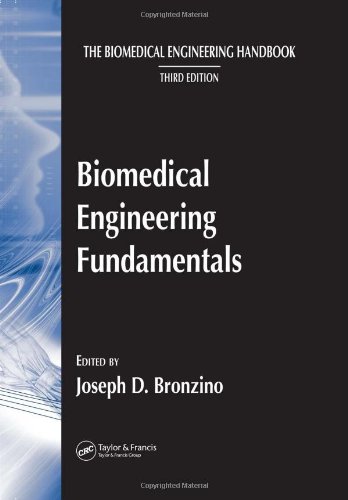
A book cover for The Biomedical Engineering Handbook, Third Edition: Biomedical Engineering Fundamentals; Joseph D. Bronzino; Medical Books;